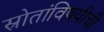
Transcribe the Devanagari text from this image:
स्रोतांविषयीची